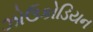
ઝોઉકોડિયન